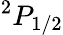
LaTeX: ^{2}P_{1/2}